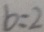
b = 2